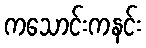
ကသောင်းကနင်း